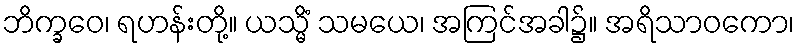
ဘိက္ခဝေ၊ ရဟန်းတို့။ ယသ္မိံ သမယေ၊ အကြင်အခါ၌။ အရိသာဝကော၊